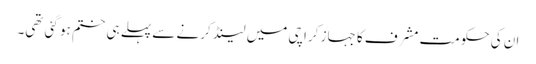
ان کی حکومت مشرف کا جہاز کراچی میں لینڈ کرنے سے پہلے ہی ختم ہو گئی تھی۔